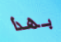
بهذا